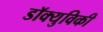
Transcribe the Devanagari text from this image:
डॉक्युविकी